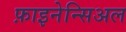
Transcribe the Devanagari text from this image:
फ़ाइनेन्सिअल